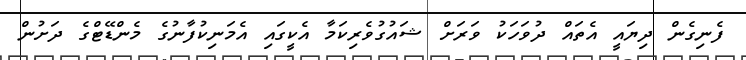
ފެނިގެން ދިޔައީ އެތައް ދުވަހަކު ވަރަށް ޝައުގުވެރިކަމާ އެކީގައި އެމަނިކުފާނުގެ މެންޑޭޓްގެ ދަށުން